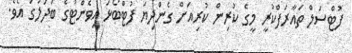
ފުޓްސަލް ތައާރަފްކުރީ މީގެ ކުރިން ކުރިއަށް ގެންދިޔަ ފުޓްބޯޅަ އިވެންޓުގެ ބަދަލުގަ އެވެ.